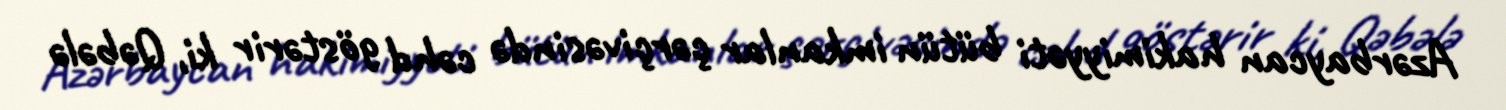
Azərbaycan hakimiyyəti bütün imkanlar çərçivəsində cəhd göstərir ki, Qəbələ